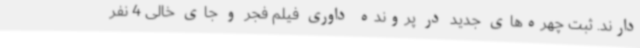
دارند. ثبت چهره‌های جدید در پرونده داوری فیلم فجر و جای خالی 4 نفر